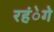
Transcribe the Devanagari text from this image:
रहंेगे